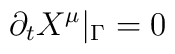
\partial_tX^\mu|_\Gamma=0